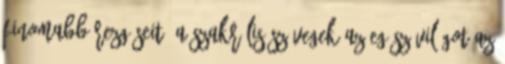
finomabb rezgéseit. A szakrális szövegek az egész világot az